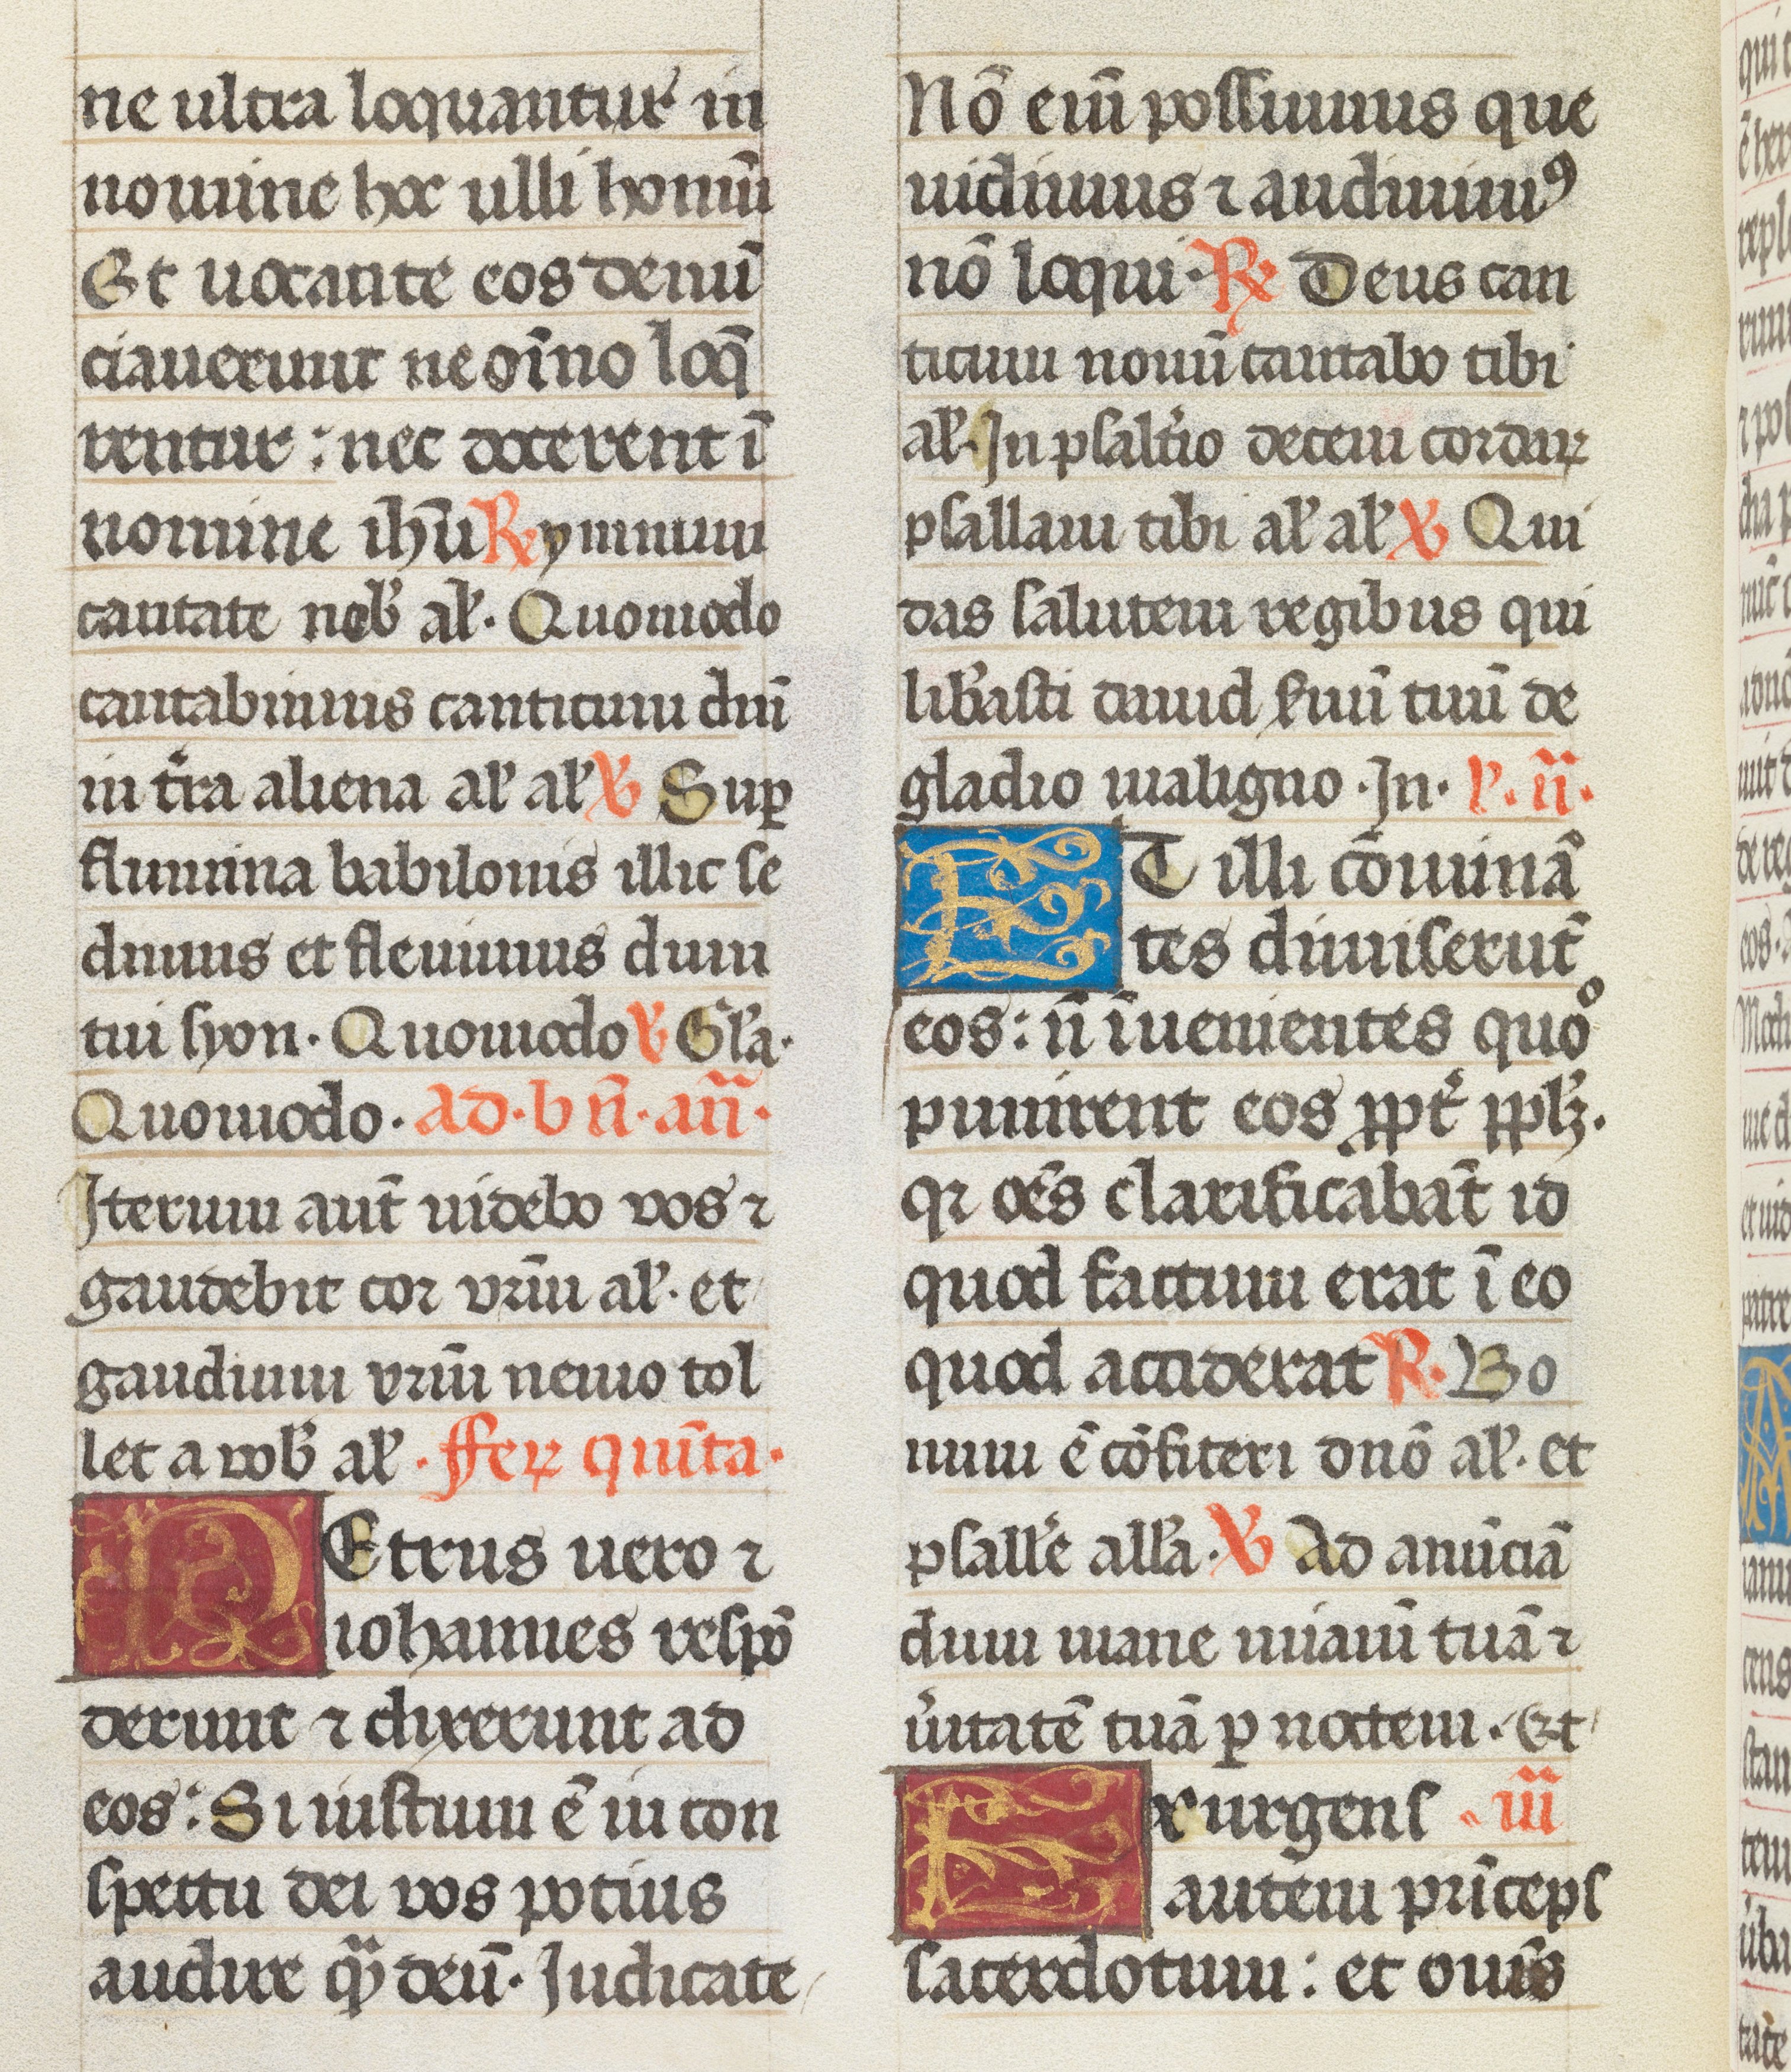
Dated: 1493–1493